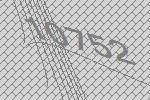
10752